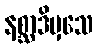
နစ္ဆာဒိမှသေ